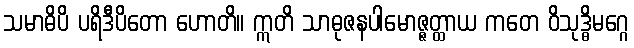
သမာဓိပိ ပရိဒီပိတော ဟောတိ။ ဣတိ သာဓုဇနပါမောဇ္ဇတ္ထာယ ကတေ ဝိသုဒ္ဓိမဂ္ဂေ